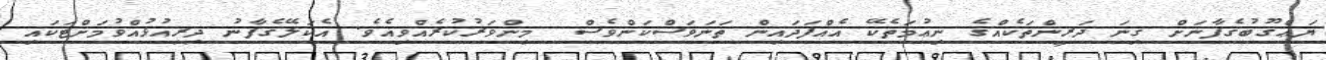
ޔަޢްޤޫބުގެފާނަށް ގިނަ ދަރީންތަކެއްގެ ނިޢުމަތެކޭ އެއްފަދައިން ތަނަވަސްކަންވެސް  މިންވަރުކުރެއްވިއެވެ. އެކަލޭގެފާނު ދިރިއުޅުއްވުމަށްޓަކައި